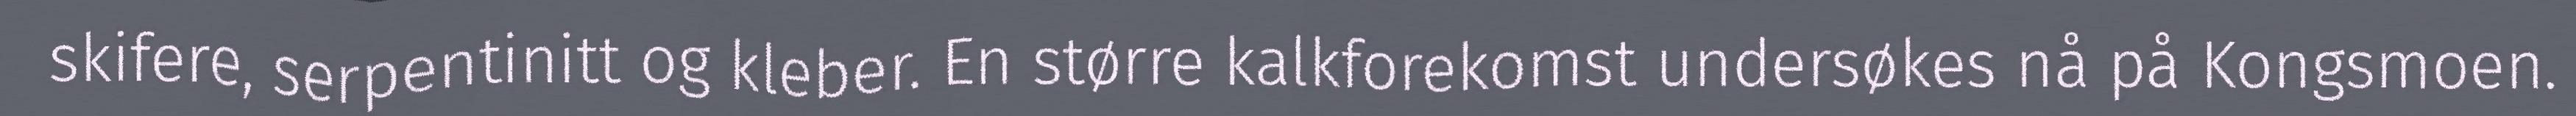
skifere, serpentinitt og kleber. En større kalkforekomst undersøkes nå på Kongsmoen.